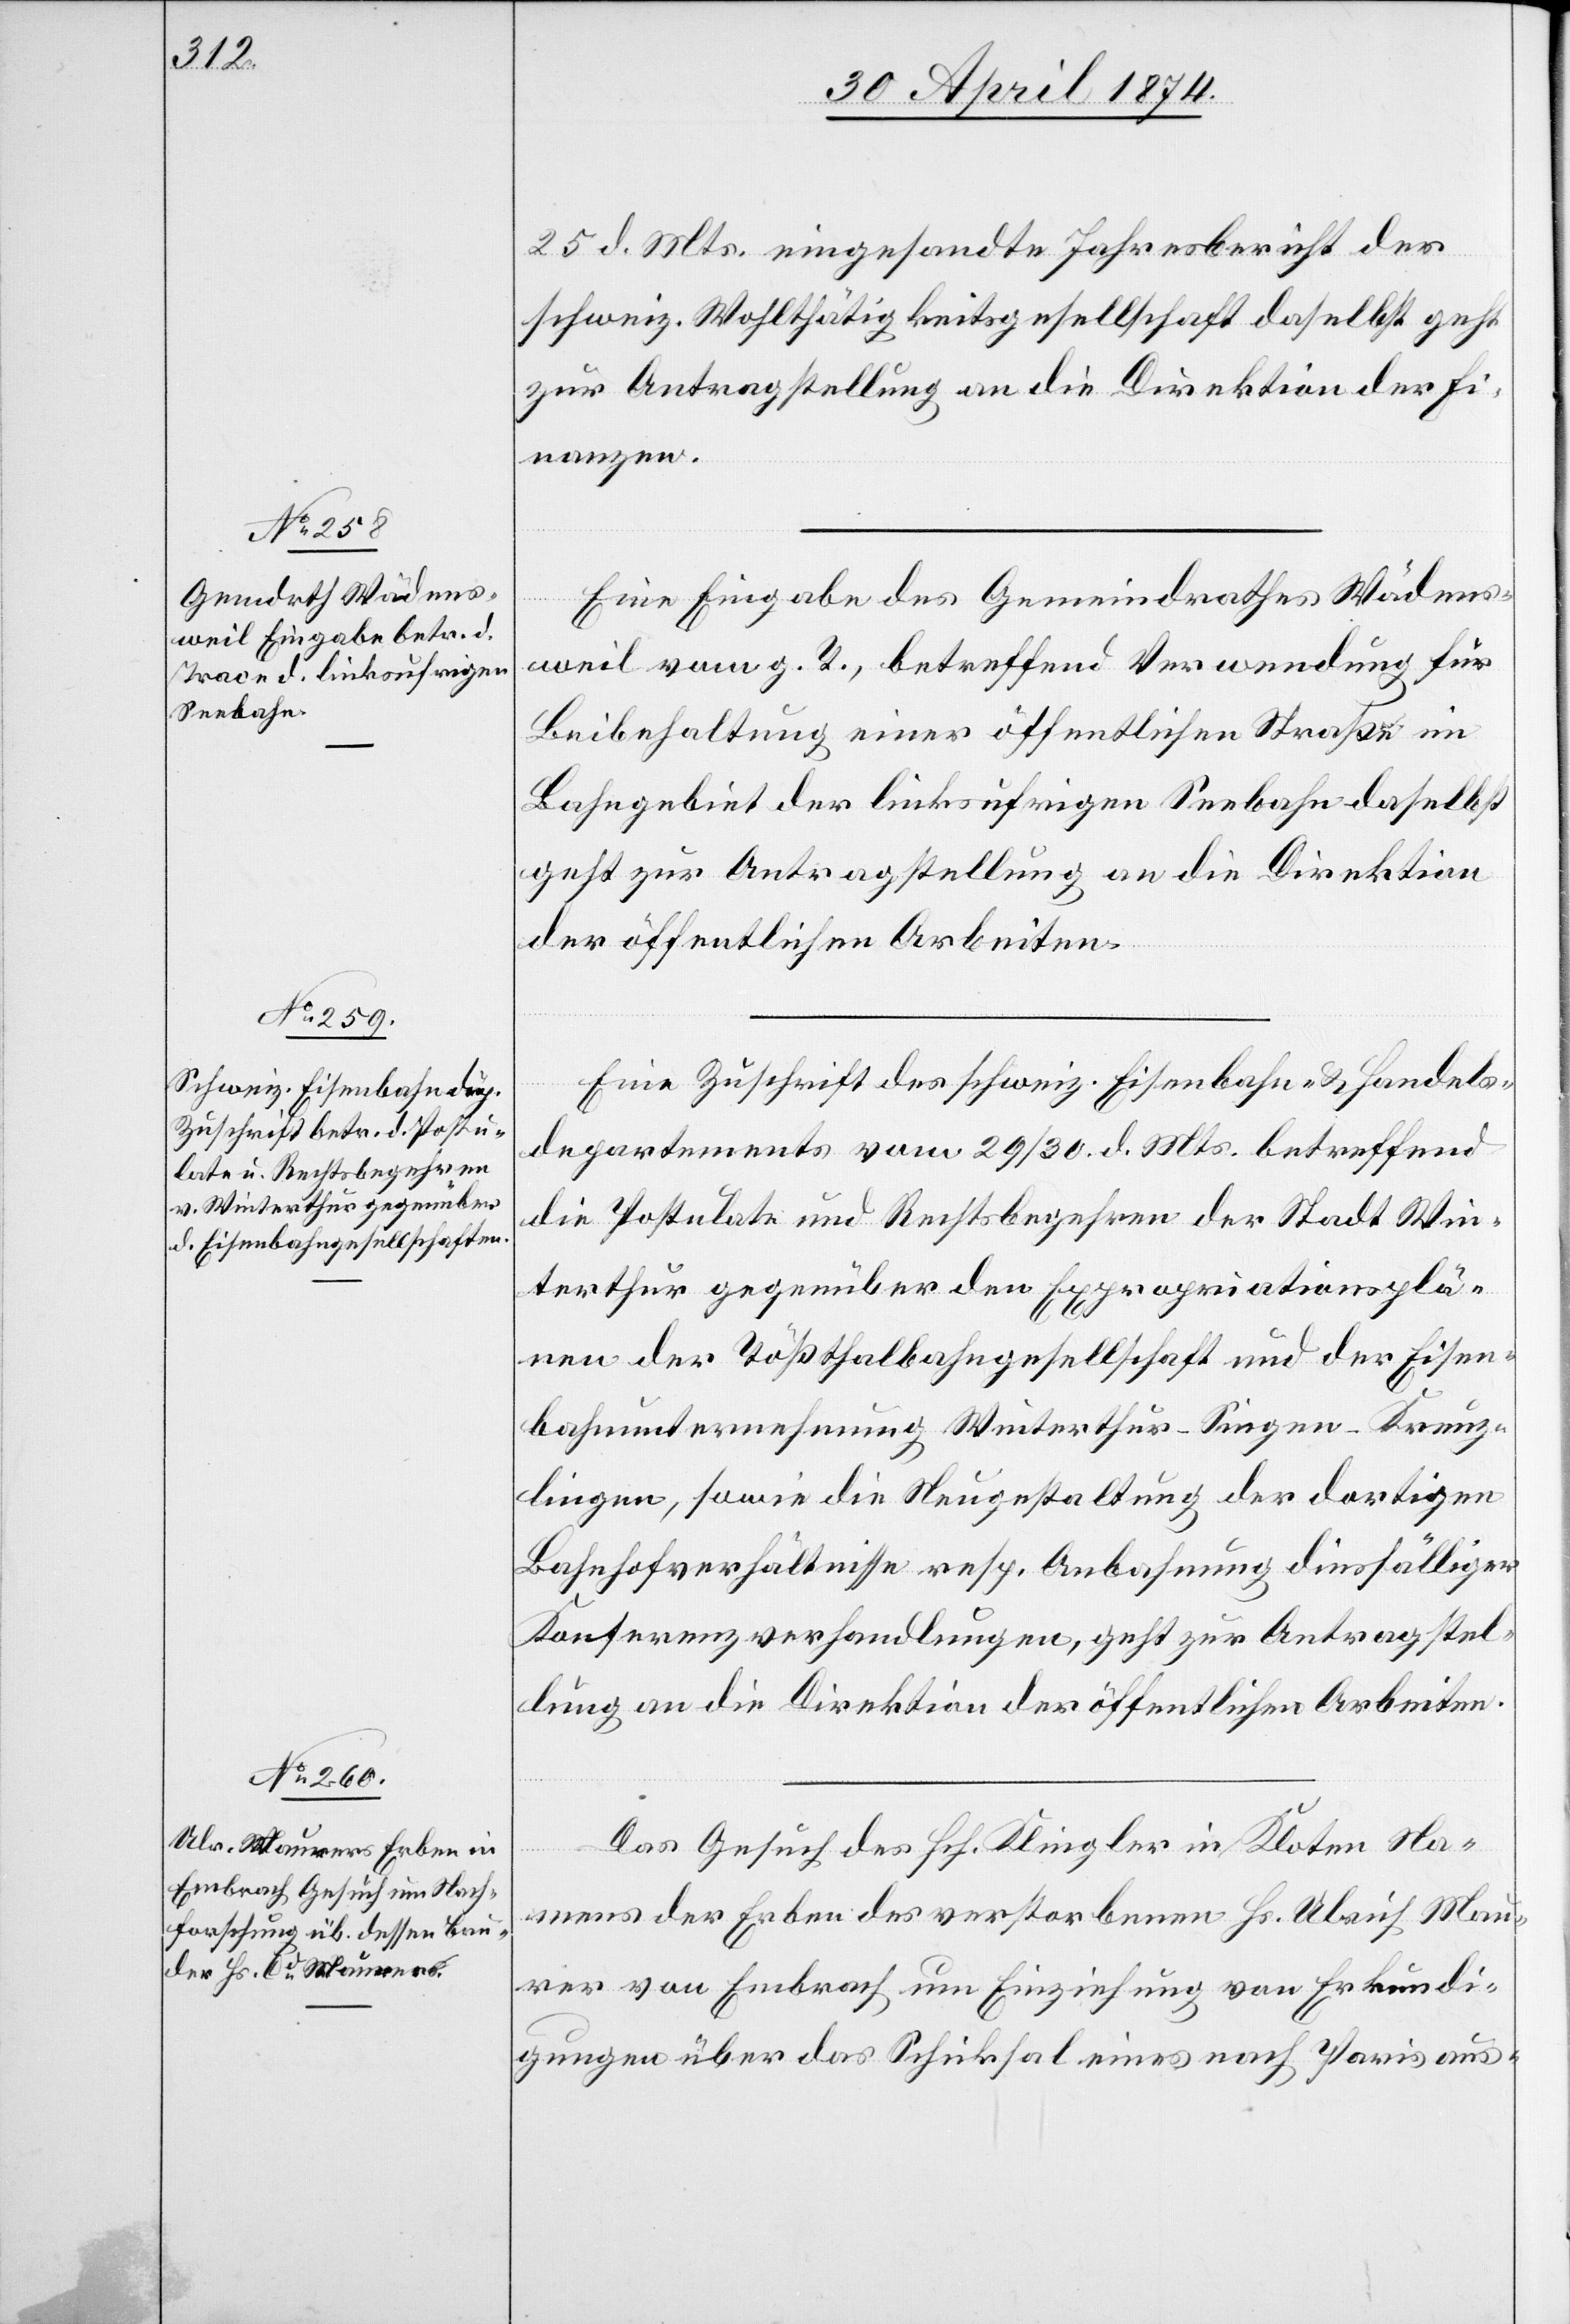
1. Mai 1874.]
25. d. Mts. eingesandte Jahresbericht der
schweiz. Wohlthätigkeitsgesellschaft daselbst geht
zur Antragstellung an die Direktion der Fi¬
nanzen.
Eine Eingabe des Gemeindrathes Wädens¬
weil vom g. T., betreffend Verwendung für
Beibehaltung einer öffentlichen Straße im
Bahngebiet der linksufrigen Seebahn daselbst
geht zur Antragstellung an die Direktion
der öffentlichen Arbeiten.
Eine Zuschrift des schweiz. Eisenbahn- u. Handels¬
departements vom 29./30. d. Mts. betreffend
die Postulate und Rechtsbegehren der Stadt Win¬
terthur gegenüber den Expropriationsplä¬
nen der Tößthalbahngesellschaft und der Eisen¬
bahnunternehmung Winterthur-Singen-Kreuz¬
lingen, sowie die Neugestaltung der dortigen
Bahnhofverhältnisse resp. Anbahnung diesfälliger
Konferenzverhandlungen, geht zur Antragstel¬
lung an die Direktion der öffentlichen Arbeiten.
Das Gesuch des Hch. Klingler in Kloten Na¬
mens der Erben des verstorbenen Hs. Ulrich Mau¬
rer von Embrach um Einziehung von Erkundi¬
gungen über das Schicksal eines nach Paris aus-